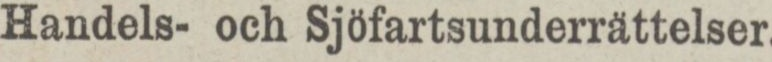
Handels- och Sjöfartsunderrättelser.